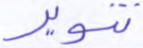
تنوير